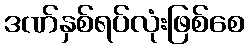
ဒဏ်နှစ်ရပ်လုံးဖြစ်စေ